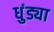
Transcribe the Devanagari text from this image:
धुंड्या